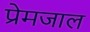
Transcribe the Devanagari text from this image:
प्रेमजाल